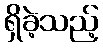
ရှိခဲ့သည့်